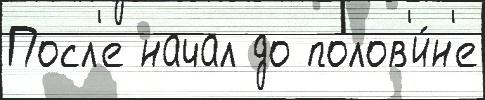
Посл'е начал до полов'и́н'е